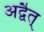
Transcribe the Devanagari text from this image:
अद्वैत्